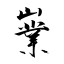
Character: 嶪